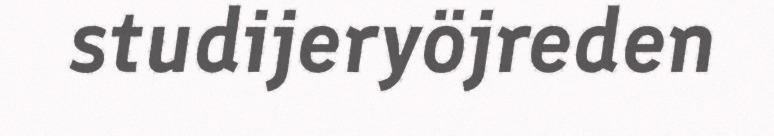
studijeryöjreden